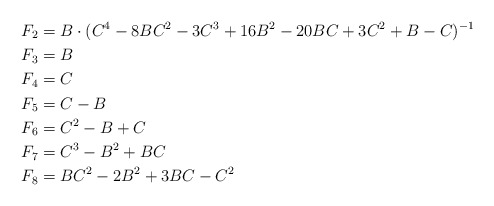
\begin{align*}F_2 &= B \cdot (C^{4} - 8 B C^{2} - 3 C^{3} + 16 B^{2} - 20 B C + 3 C^{2} + B - C)^{-1}\\F_3 &= B\\F_4 &= C\\F_5 &= C - B \\F_6 &= C^{2} - B + C \\F_7 &= C^{3} - B^{2} + B C \\F_8 &= B C^{2} - 2 B^{2} + 3 B C - C^{2}\end{align*}